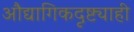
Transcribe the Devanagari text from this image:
औद्यागिकदृष्ट्याही